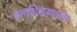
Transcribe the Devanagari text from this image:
वनाधिकार्‍याला